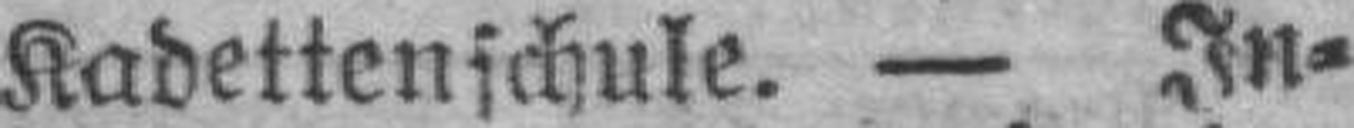
Kadettenschule. — In¬